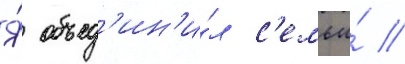
Я́ объед'ин'и́л с'емьи́ //